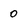
Character: 0